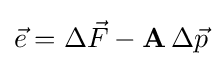
{\vec {e}}=\Delta {\vec {F}}-\mathbf {A} \,\Delta {\vec {p}}